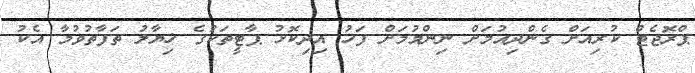
ޕްރޮޖެޓް ކުރިއަށް ގެންދިއުމަށް ނިންމުމަށް ފަހު އިދިކޮޅު ޕާޓީތަކުގެ ޚިޔާލު ތަފާތުވުމާ އެކު